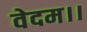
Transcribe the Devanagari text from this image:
वेदम।।